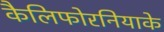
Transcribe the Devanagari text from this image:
कैलिफोरनियाके